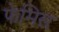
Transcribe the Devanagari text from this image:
फेमिस